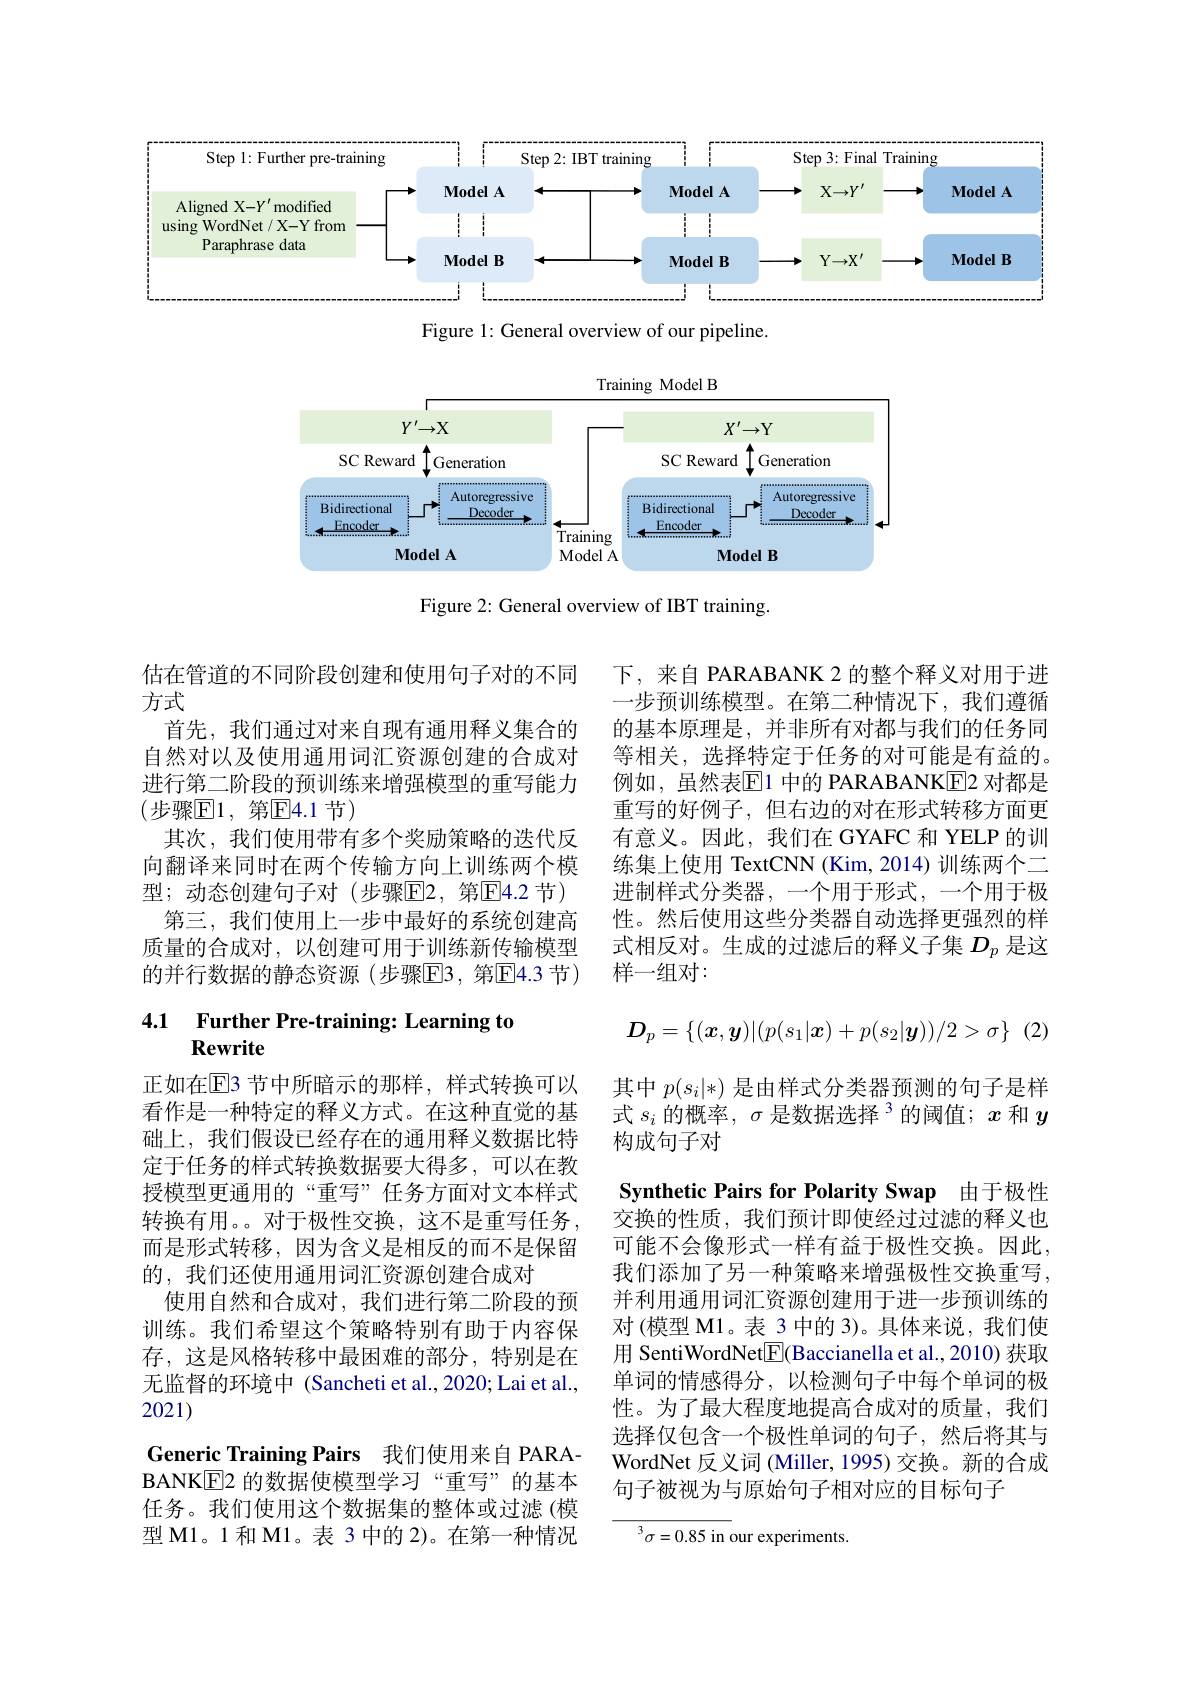
<FigureHere>

Figure 2: General overview of IBT training

下，来自 PARABANK 2 的整个释义对用于进一步预训练模型。在第二种情况下，我们遵循的基本原理是，并非所有对都与我们的任务同等相关，选择特定于任务的对可能是有益的。例如，虽然表$\overline{\mathrm{E}}$1 中的 PARABANKE2 对都是重写的好例子，但右边的对在形式转移方面更有意义。因此，我们在 GYAFC 和 YELP 的训练集上使用 TextCNN (Kim,2014) 训练两个二进制样式分类器，一个用于形式，一个用于极性。然后使用这些分类器自动选择更强烈的样式相反对。生成的过滤后的释义子集$D_p$是这样一组对：

估在管道的不同阶段创建和使用句子对的不同
方式
首先，我们通过对来自现有通用释义集合的自然对以及使用通用词汇资源创建的合成对进行第二阶段的预训练来增强模型的重写能力(步骤$\boxed{\mathrm{E}}1$,第$\boxed{\mathrm{E}}4.1$节)
其次，我们使用带有多个奖励策略的迭代反向翻译来同时在两个传输方向上训练两个模型；动态创建句子对(步骤$\overline{\mathrm{E}}2$, 第$\overline{\mathrm{E}}4.2$ 节)
第三，我们使用上一步中最好的系统创建高质量的合成对，以创建可用于训练新传输模型的并行数据的静态资源(步骤E3，第$\boxed{\mathrm{E}}4.3节)$
$$D_p=\{(\boldsymbol{x},\boldsymbol{y})|(p(s_1|\boldsymbol{x})+p(s_2|\boldsymbol{y}))/2>\sigma\}$$
# $\begin{array}{cc}4.1&\text{Further Pre-training: Learning to}\\&\text{Rewrite}\end{array}$

其中$p(s_i|*)$是由样式分类器预测的句子是样

式$s_i$的概率，$\sigma\text{ 是数据选择 }^3$的阈值；$x$和$y$

构成句子对

正如在$\overline{\mathrm{E}}$3 节中所暗示的那样，样式转换可以看作是一种特定的释义方式。在这种直觉的基础上，我们假设已经存在的通用释义数据比特定于任务的样式转换数据要大得多，可以在教授模型更通用的“重写” 任务方面对文本样式转换有用。。对于极性交换，这不是重写任务， 而是形式转移，因为含义是相反的而不是保留的，我们还使用通用词汇资源创建合成对
使用自然和合成对，我们进行第二阶段的预训练。我们希望这个策略特别有助于内容保存，这是风格转移中最困难的部分，特别是在无监督的环境中 (Sancheti et al.,2020; Lai et al., 2021)
Generic Training Pairs 我们使用来自 PARABANKE2 的数据使模型学习“重写”的基本任务。我们使用这个数据集的整体或过滤(模型 M1。1 和 M1。表 3 中的 2)。在第一种情况

Synthetic Pairs for Polarity Swap 由于极性交换的性质，我们预计即使经过过滤的释义也可能不会像形式一样有益于极性交换。因此， 我们添加了另一种策略来增强极性交换重写， 并利用通用词汇资源创建用于进一步预训练的对(模型 M1。表 3 中的 3)。具体来说，我们使用 SentiWordNet$\boxed{\mathbb{F}}$(Baccianella et al., 2010) 获取单词的情感得分，以检测句子中每个单词的极性。为了最大程度地提高合成对的质量，我们选择仅包含一个极性单词的句子，然后将其与WordNet 反义词 (Miller, 1995) 交换。新的合成句子被视为与原始句子相对应的目标句子

${}^{3}\sigma=0.85$ in our experiments.